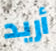
أريد